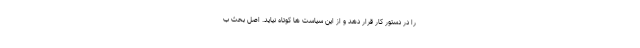
را در دستور کار قرار دهد و از این سیاست ها کوتاه نیاید. اصل بحث ب